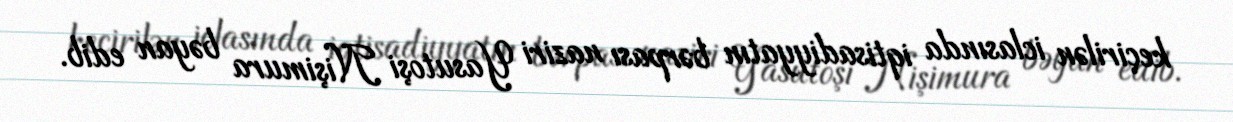
keçirilən iclasında iqtisadiyyatın bərpası naziri Yasutoşi Nişimura bəyan edib.